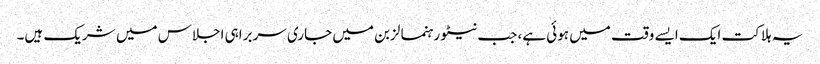
یہ ہلاکت ایک ایسے وقت میں ہوئی ہے، جب نیٹو رہنما لزبن میں جاری سربراہی اجلاس میں شریک ہیں۔